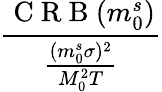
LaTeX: \frac{\mathrm{~C~R~B~}(m_{0}^{s})}{\frac{(m_{0}^{s}\sigma)^{2}}{M_{0}^{2}T}}